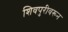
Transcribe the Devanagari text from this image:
शिवपुरीवरून